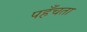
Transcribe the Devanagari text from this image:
पहँचता